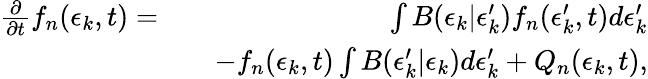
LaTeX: \begin{array}{rlr}{\frac{\partial}{\partial t}f_{n}(\epsilon_{k},t)=}&{}&{\int B(\epsilon_{k}|\epsilon_{k}^{\prime})f_{n}(\epsilon_{k}^{\prime},t)d\epsilon_{k}^{\prime}}\\ &{}&{-f_{n}(\epsilon_{k},t)\int B(\epsilon_{k}^{\prime}|\epsilon_{k})d\epsilon_{k}^{\prime}+Q_{n}(\epsilon_{k},t),}\end{array}